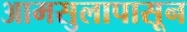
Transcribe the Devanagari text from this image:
आमसुलापासून